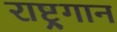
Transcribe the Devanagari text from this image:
राष्ट्र्गान